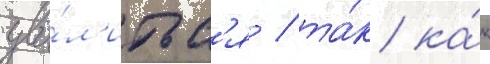
уво́л'итьс'я / та́к ка́к